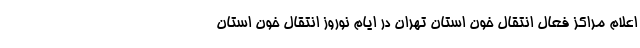
اعلام مراکز فعال انتقال خون استان تهران در ایام نوروز انتقال خون استان